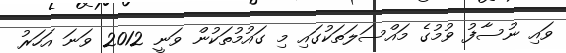
ވައި ނުސާފު ވުމުގެ މައްސަލަތަކުގައި މި ގައުމުތަކުން ވަނީ 2012 ވަނަ އަހަރު